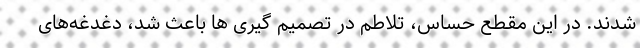
شدند. در این مقطع حساس، تلاطم در تصمیم گیری ها باعث شد، دغدغه‌های